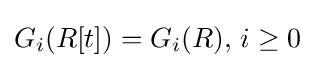
G_{i}(R[t])=G_{i}(R),\,i\geq 0